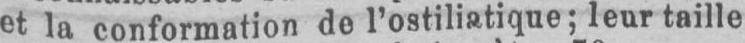
leur taille